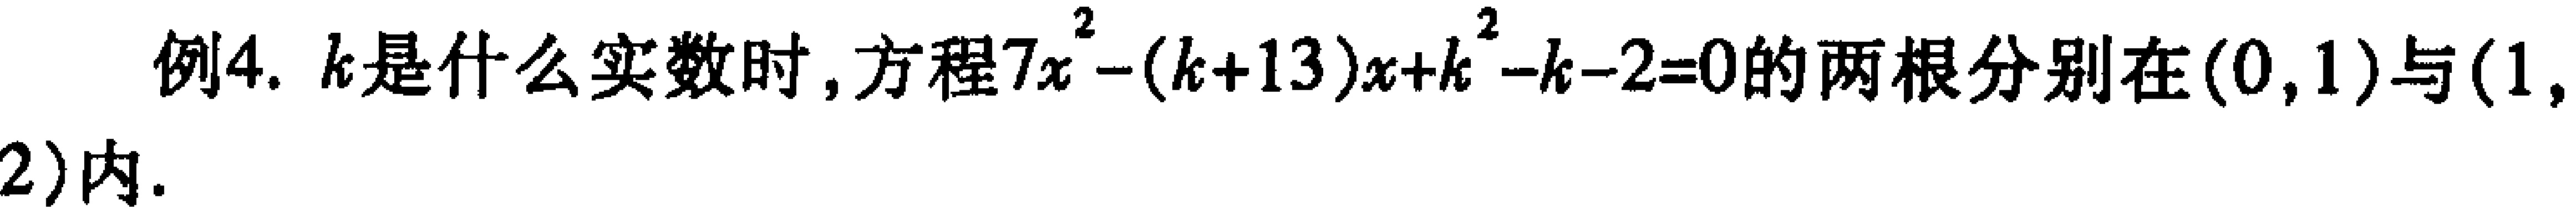
例4. \(k\)是什么实数时，方程\(7x^{2}-(k + 13)x + k^{2}-k - 2 = 0\)的两根分别在\((0,1)\)与\((1,2)\)内.